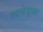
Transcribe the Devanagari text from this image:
सामेश्वर